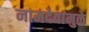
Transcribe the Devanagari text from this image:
नामदेवांमुळे